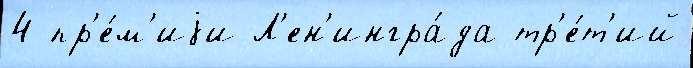
4 пр'е́м'иjи Л'ен'ингра́да тр'е́т'ий